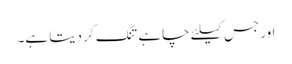
اور جس کیلئے چاہے تنگ کر دیتا ہے۔